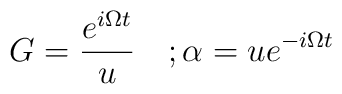
G=\frac{e^{i\Omega t}}u\quad ;\alpha =ue^{-i\Omega t}